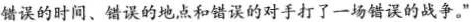
错误的时间、错误的地点和错误的对手打了一场错误的战争。”